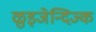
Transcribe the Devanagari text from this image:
ळुइजेन्दिज्क